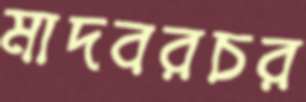
মাদবরচর